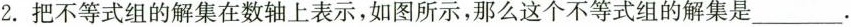
2.把不等式组的解集在数轴上表示，如图所示，那么这个不等式组的解集是___.